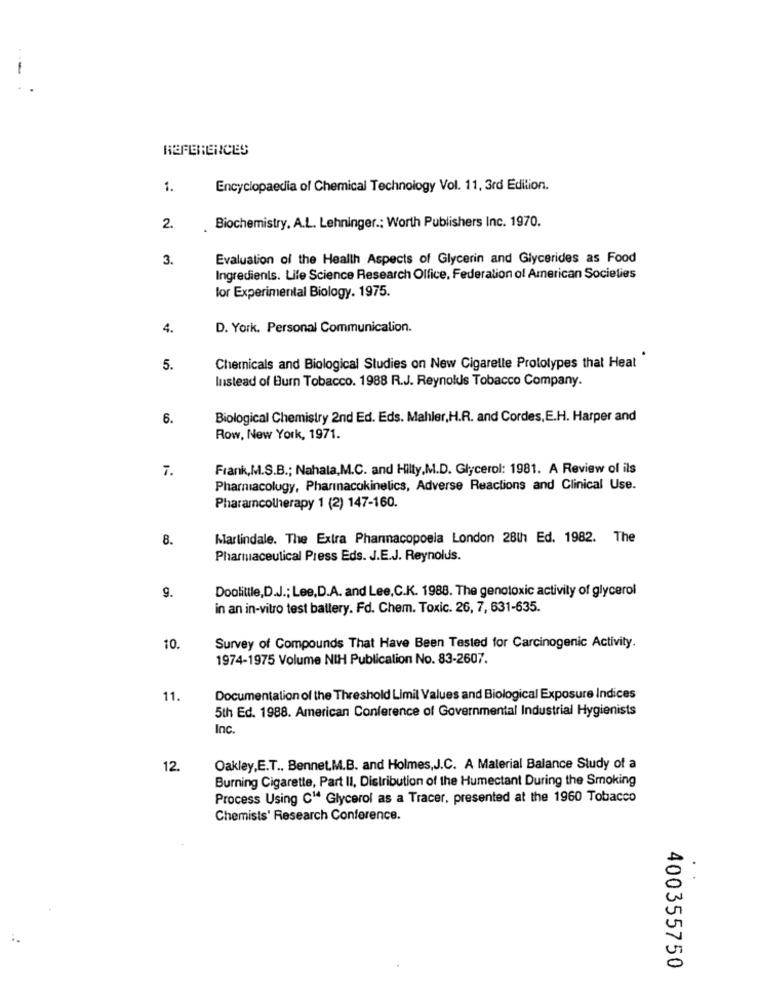
-
REFERENCES
1.
Encyclopaedia of Chemical Technology Vol. 11, 3rd Edition.
2.
Biochemistry. A.L. Lehninger .; Worth Publishers Inc. 1970.
3.
Evaluation of the Health Aspects of Glycerin and Glycerides as Food
Ingredients. Life Science Research Office, Federation of American Societies
for Experimental Biology. 1975.
4.
D. York. Personal Communication.
5.
Chemicals and Biological Studies on New Cigarette Prototypes that Heat"
Instead of Burn Tobacco. 1988 R.J. Reynolds Tobacco Company.
6.
Biological Chemistry 2nd Ed. Eds. Mahler,H.R. and Cordes,E.H. Harper and
Row, New York, 1971.
7.
Frank,M.S.B .; Nahala,M.C. and Hilty,M.D. Glycerol: 1981. A Review of ils
Pharmacology, Pharmacokinetics, Adverse Reactions and Clinical Use.
Pharamcolherapy 1 (2) 147-160.
8.
Martindale. The Extra Pharmacopoeia London 28th Ed. 1982. The
Pharmaceutical Press Eds. J.E.J. Reynolds.
9.
Doolittle,D.J .; Lee,D.A. and Lee,C.K. 1988. The genotoxic activity of glycerol
in an in-vitro test battery. Fd. Chem. Toxic. 26, 7, 631-635.
10.
Survey of Compounds That Have Been Tested for Carcinogenic Activity.
1974-1975 Volume NIH Publicalion No. 83-2607.
11.
Documentation of the Threshold Limil Values and Biological Exposure Indices
5th Ed. 1988. American Conference of Governmental Industrial Hygienists
Inc.
12.
Oakley,E.T ., Bennet.M.B. and Holmes,J.C. A Malerial Balance Study of a
Burning Cigarette, Part II, Distribution of the Humectant During the Smoking
Process Using C14 Glycerol as a Tracer, presented at the 1960 Tobacco
Chemists' Research Conference.
400355750